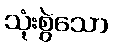
သုံးစွဲသော